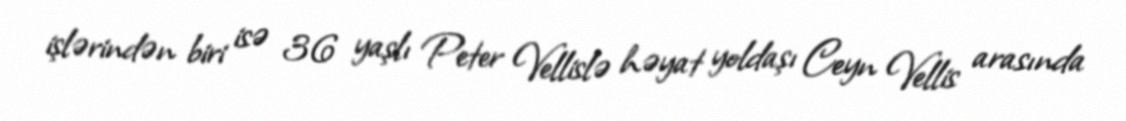
işlərindən biri isə 36 yaşlı Peter Vellislə həyat yoldaşı Ceyn Vellis arasında